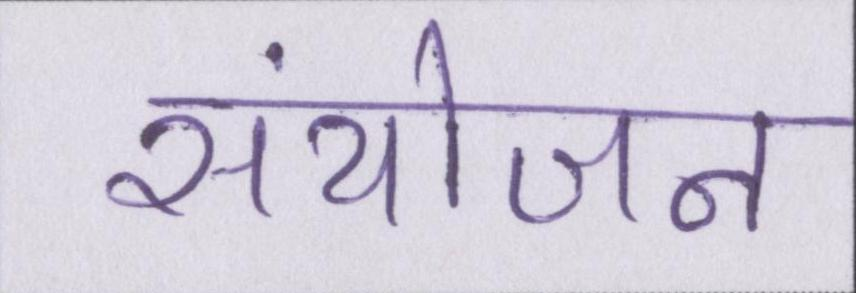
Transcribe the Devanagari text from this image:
संयोजन